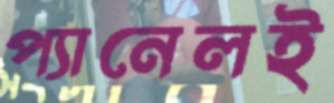
প্যানেলই